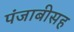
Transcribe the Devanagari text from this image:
पंजाबीसह